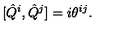
[ \hat { Q } ^ { i } , \hat { Q } ^ { j } ] = i \theta ^ { i j } .